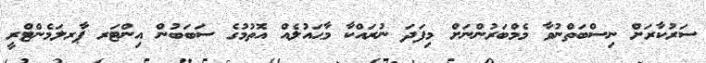
ސަރުކާރަށް ނިސްބަތްނުވާ މެމްބަރުންނަށް މިފަދަ ނުރައްކާ މާޙައުލެއް އޮތުމުގެ ސަބަބުން އިންޓަރ ޕާރލަމެންޓްރީ